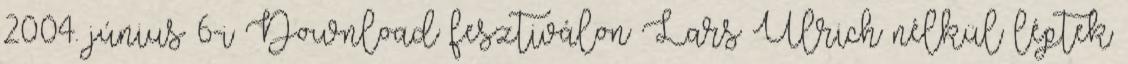
2004. június 6-i Download fesztiválon Lars Ulrich nélkül léptek